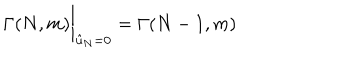
\Gamma ( N , m ) \bigg \vert _ { { \hat { u } } _ { N } = 0 } = \Gamma ( N - 1 , m )